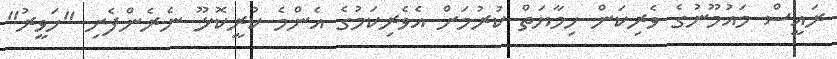
ރައީސް މައުމޫނުގެ ވެރިކަން ހިމާޔަތް ކުރުމަށް އެވެރިކަމުގެ އެންމެ ކުރީކޮޅޫ ނެރެންފެށި "ހަވީރު"